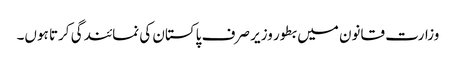
وزارت قانون میں بطور وزیر صرف پاکستان کی نمائندگی کرتا ہوں۔